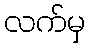
လက်မှ